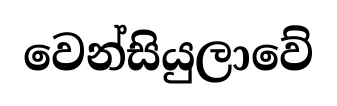
වෙන්සියුලාවේ